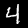
Label: 4